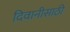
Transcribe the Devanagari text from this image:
दिवानीसाठी